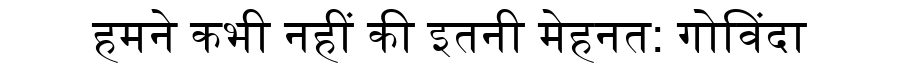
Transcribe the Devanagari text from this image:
हमने कभी नहीं की इतनी मेहनत: गोविंदा